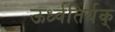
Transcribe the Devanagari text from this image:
ऊर्ध्वतिर्यक्‌